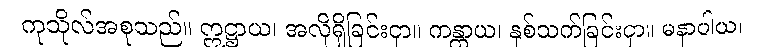
ကုသိုလ်အစုသည်။ ဣဋ္ဌာယ၊ အလိုရှိခြင်းငှာ။ ကန္တာယ၊ နှစ်သက်ခြင်းငှာ။ မနာပါယ၊